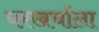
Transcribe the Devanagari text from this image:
घरखर्चाला